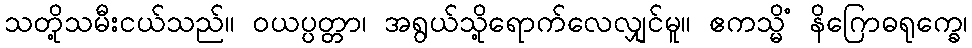
သတို့သမီးငယ်သည်။ ဝယပ္ပတ္တာ၊ အရွယ်သို့ရောက်လေလျှင်မူ။ ဧကသ္မိံ နိဂြောဓရုက္ခေ၊